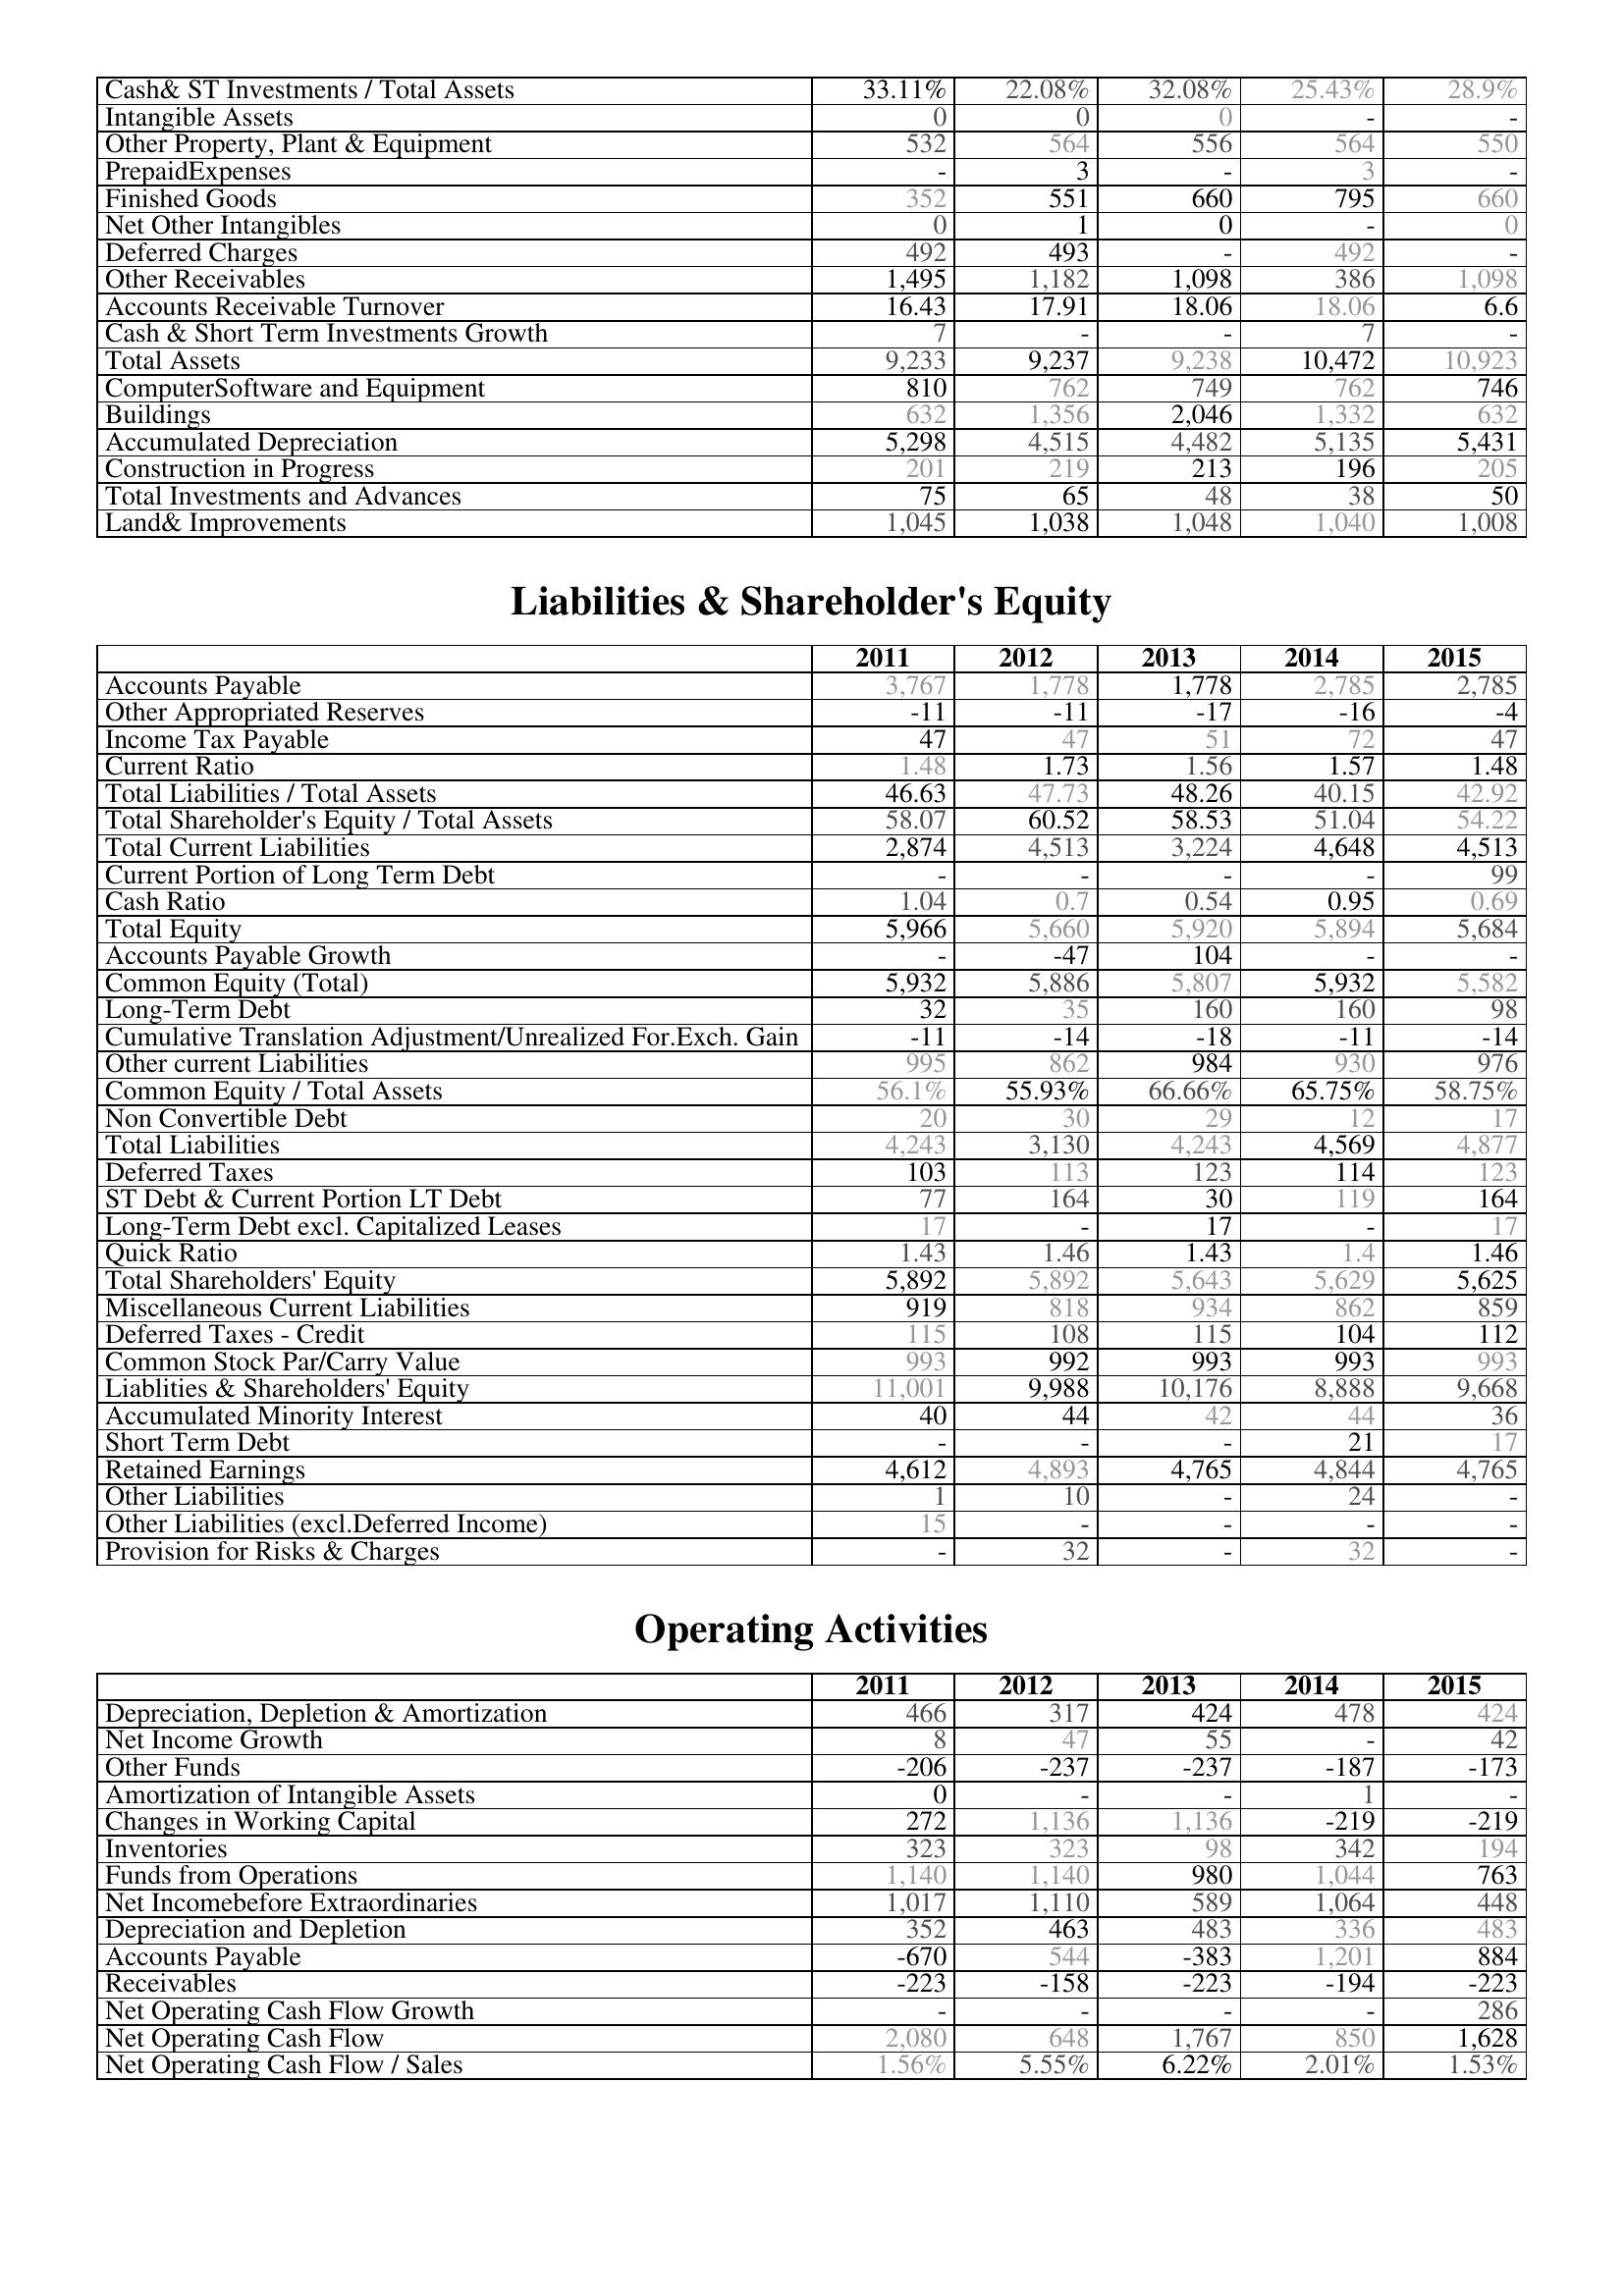
2011: Assets: Cash& ST Investments / Total Assets: 33.11%
Intangible Assets: 0
Other Property, Plant & Equipment: 532
PrepaidExpenses: -
Finished Goods: 352
Net Other Intangibles: 0
Deferred Charges: 492
Other Receivables: 1,495
Accounts Receivable Turnover: 16.43
Cash & Short Term Investments Growth: 7
Total Assets: 9,233
ComputerSoftware and Equipment: 810
Buildings: 632
Accumulated Depreciation: 5,298
Construction in Progress: 201
Total Investments and Advances: 75
Land& Improvements: 1,045
Liabilities & Shareholder's Equity: Accounts Payable: 3,767
Other Appropriated Reserves: -11
Income Tax Payable: 47
Current Ratio: 1.48
Total Liabilities / Total Assets: 46.63
Total Shareholder's Equity / Total Assets: 58.07
Total Current Liabilities: 2,874
Current Portion of Long Term Debt: -
Cash Ratio: 1.04
Total Equity: 5,966
Accounts Payable Growth: -
Common Equity (Total): 5,932
Long-Term Debt: 32
Cumulative Translation Adjustment/Unrealized For.Exch. Gain: -11
Other current Liabilities: 995
Common Equity / Total Assets: 56.1%
Non Convertible Debt: 20
Total Liabilities: 4,243
Deferred Taxes: 103
ST Debt & Current Portion LT Debt: 77
Long-Term Debt excl. Capitalized Leases: 17
Quick Ratio: 1.43
Total Shareholders' Equity: 5,892
Miscellaneous Current Liabilities: 919
Deferred Taxes - Credit: 115
Common Stock Par/Carry Value: 993
Liablities & Shareholders' Equity: 11,001
Accumulated Minority Interest: 40
Short Term Debt: -
Retained Earnings: 4,612
Other Liabilities: 1
Other Liabilities (excl.Deferred Income): 15
Provision for Risks & Charges: -
Operating Activities: Depreciation, Depletion & Amortization: 466
Net Income Growth: 8
Other Funds: -206
Amortization of Intangible Assets: 0
Changes in Working Capital: 272
Inventories: 323
Funds from Operations: 1,140
Net Incomebefore Extraordinaries: 1,017
Depreciation and Depletion: 352
Accounts Payable: -670
Receivables: -223
Net Operating Cash Flow Growth: -
Net Operating Cash Flow: 2,080
Net Operating Cash Flow / Sales: 1.56%
2012: Assets: Cash& ST Investments / Total Assets: 22.08%
Intangible Assets: 0
Other Property, Plant & Equipment: 564
PrepaidExpenses: 3
Finished Goods: 551
Net Other Intangibles: 1
Deferred Charges: 493
Other Receivables: 1,182
Accounts Receivable Turnover: 17.91
Cash & Short Term Investments Growth: -
Total Assets: 9,237
ComputerSoftware and Equipment: 762
Buildings: 1,356
Accumulated Depreciation: 4,515
Construction in Progress: 219
Total Investments and Advances: 65
Land& Improvements: 1,038
Liabilities & Shareholder's Equity: Accounts Payable: 1,778
Other Appropriated Reserves: -11
Income Tax Payable: 47
Current Ratio: 1.73
Total Liabilities / Total Assets: 47.73
Total Shareholder's Equity / Total Assets: 60.52
Total Current Liabilities: 4,513
Current Portion of Long Term Debt: -
Cash Ratio: 0.7
Total Equity: 5,660
Accounts Payable Growth: -47
Common Equity (Total): 5,886
Long-Term Debt: 35
Cumulative Translation Adjustment/Unrealized For.Exch. Gain: -14
Other current Liabilities: 862
Common Equity / Total Assets: 55.93%
Non Convertible Debt: 30
Total Liabilities: 3,130
Deferred Taxes: 113
ST Debt & Current Portion LT Debt: 164
Long-Term Debt excl. Capitalized Leases: -
Quick Ratio: 1.46
Total Shareholders' Equity: 5,892
Miscellaneous Current Liabilities: 818
Deferred Taxes - Credit: 108
Common Stock Par/Carry Value: 992
Liablities & Shareholders' Equity: 9,988
Accumulated Minority Interest: 44
Short Term Debt: -
Retained Earnings: 4,893
Other Liabilities: 10
Other Liabilities (excl.Deferred Income): -
Provision for Risks & Charges: 32
Operating Activities: Depreciation, Depletion & Amortization: 317
Net Income Growth: 47
Other Funds: -237
Amortization of Intangible Assets: -
Changes in Working Capital: 1,136
Inventories: 323
Funds from Operations: 1,140
Net Incomebefore Extraordinaries: 1,110
Depreciation and Depletion: 463
Accounts Payable: 544
Receivables: -158
Net Operating Cash Flow Growth: -
Net Operating Cash Flow: 648
Net Operating Cash Flow / Sales: 5.55%
2013: Assets: Cash& ST Investments / Total Assets: 32.08%
Intangible Assets: 0
Other Property, Plant & Equipment: 556
PrepaidExpenses: -
Finished Goods: 660
Net Other Intangibles: 0
Deferred Charges: -
Other Receivables: 1,098
Accounts Receivable Turnover: 18.06
Cash & Short Term Investments Growth: -
Total Assets: 9,238
ComputerSoftware and Equipment: 749
Buildings: 2,046
Accumulated Depreciation: 4,482
Construction in Progress: 213
Total Investments and Advances: 48
Land& Improvements: 1,048
Liabilities & Shareholder's Equity: Accounts Payable: 1,778
Other Appropriated Reserves: -17
Income Tax Payable: 51
Current Ratio: 1.56
Total Liabilities / Total Assets: 48.26
Total Shareholder's Equity / Total Assets: 58.53
Total Current Liabilities: 3,224
Current Portion of Long Term Debt: -
Cash Ratio: 0.54
Total Equity: 5,920
Accounts Payable Growth: 104
Common Equity (Total): 5,807
Long-Term Debt: 160
Cumulative Translation Adjustment/Unrealized For.Exch. Gain: -18
Other current Liabilities: 984
Common Equity / Total Assets: 66.66%
Non Convertible Debt: 29
Total Liabilities: 4,243
Deferred Taxes: 123
ST Debt & Current Portion LT Debt: 30
Long-Term Debt excl. Capitalized Leases: 17
Quick Ratio: 1.43
Total Shareholders' Equity: 5,643
Miscellaneous Current Liabilities: 934
Deferred Taxes - Credit: 115
Common Stock Par/Carry Value: 993
Liablities & Shareholders' Equity: 10,176
Accumulated Minority Interest: 42
Short Term Debt: -
Retained Earnings: 4,765
Other Liabilities: -
Other Liabilities (excl.Deferred Income): -
Provision for Risks & Charges: -
Operating Activities: Depreciation, Depletion & Amortization: 424
Net Income Growth: 55
Other Funds: -237
Amortization of Intangible Assets: -
Changes in Working Capital: 1,136
Inventories: 98
Funds from Operations: 980
Net Incomebefore Extraordinaries: 589
Depreciation and Depletion: 483
Accounts Payable: -383
Receivables: -223
Net Operating Cash Flow Growth: -
Net Operating Cash Flow: 1,767
Net Operating Cash Flow / Sales: 6.22%
2014: Assets: Cash& ST Investments / Total Assets: 25.43%
Intangible Assets: -
Other Property, Plant & Equipment: 564
PrepaidExpenses: 3
Finished Goods: 795
Net Other Intangibles: -
Deferred Charges: 492
Other Receivables: 386
Accounts Receivable Turnover: 18.06
Cash & Short Term Investments Growth: 7
Total Assets: 10,472
ComputerSoftware and Equipment: 762
Buildings: 1,332
Accumulated Depreciation: 5,135
Construction in Progress: 196
Total Investments and Advances: 38
Land& Improvements: 1,040
Liabilities & Shareholder's Equity: Accounts Payable: 2,785
Other Appropriated Reserves: -16
Income Tax Payable: 72
Current Ratio: 1.57
Total Liabilities / Total Assets: 40.15
Total Shareholder's Equity / Total Assets: 51.04
Total Current Liabilities: 4,648
Current Portion of Long Term Debt: -
Cash Ratio: 0.95
Total Equity: 5,894
Accounts Payable Growth: -
Common Equity (Total): 5,932
Long-Term Debt: 160
Cumulative Translation Adjustment/Unrealized For.Exch. Gain: -11
Other current Liabilities: 930
Common Equity / Total Assets: 65.75%
Non Convertible Debt: 12
Total Liabilities: 4,569
Deferred Taxes: 114
ST Debt & Current Portion LT Debt: 119
Long-Term Debt excl. Capitalized Leases: -
Quick Ratio: 1.4
Total Shareholders' Equity: 5,629
Miscellaneous Current Liabilities: 862
Deferred Taxes - Credit: 104
Common Stock Par/Carry Value: 993
Liablities & Shareholders' Equity: 8,888
Accumulated Minority Interest: 44
Short Term Debt: 21
Retained Earnings: 4,844
Other Liabilities: 24
Other Liabilities (excl.Deferred Income): -
Provision for Risks & Charges: 32
Operating Activities: Depreciation, Depletion & Amortization: 478
Net Income Growth: -
Other Funds: -187
Amortization of Intangible Assets: 1
Changes in Working Capital: -219
Inventories: 342
Funds from Operations: 1,044
Net Incomebefore Extraordinaries: 1,064
Depreciation and Depletion: 336
Accounts Payable: 1,201
Receivables: -194
Net Operating Cash Flow Growth: -
Net Operating Cash Flow: 850
Net Operating Cash Flow / Sales: 2.01%
2015: Assets: Cash& ST Investments / Total Assets: 28.9%
Intangible Assets: -
Other Property, Plant & Equipment: 550
PrepaidExpenses: -
Finished Goods: 660
Net Other Intangibles: 0
Deferred Charges: -
Other Receivables: 1,098
Accounts Receivable Turnover: 6.6
Cash & Short Term Investments Growth: -
Total Assets: 10,923
ComputerSoftware and Equipment: 746
Buildings: 632
Accumulated Depreciation: 5,431
Construction in Progress: 205
Total Investments and Advances: 50
Land& Improvements: 1,008
Liabilities & Shareholder's Equity: Accounts Payable: 2,785
Other Appropriated Reserves: -4
Income Tax Payable: 47
Current Ratio: 1.48
Total Liabilities / Total Assets: 42.92
Total Shareholder's Equity / Total Assets: 54.22
Total Current Liabilities: 4,513
Current Portion of Long Term Debt: 99
Cash Ratio: 0.69
Total Equity: 5,684
Accounts Payable Growth: -
Common Equity (Total): 5,582
Long-Term Debt: 98
Cumulative Translation Adjustment/Unrealized For.Exch. Gain: -14
Other current Liabilities: 976
Common Equity / Total Assets: 58.75%
Non Convertible Debt: 17
Total Liabilities: 4,877
Deferred Taxes: 123
ST Debt & Current Portion LT Debt: 164
Long-Term Debt excl. Capitalized Leases: 17
Quick Ratio: 1.46
Total Shareholders' Equity: 5,625
Miscellaneous Current Liabilities: 859
Deferred Taxes - Credit: 112
Common Stock Par/Carry Value: 993
Liablities & Shareholders' Equity: 9,668
Accumulated Minority Interest: 36
Short Term Debt: 17
Retained Earnings: 4,765
Other Liabilities: -
Other Liabilities (excl.Deferred Income): -
Provision for Risks & Charges: -
Operating Activities: Depreciation, Depletion & Amortization: 424
Net Income Growth: 42
Other Funds: -173
Amortization of Intangible Assets: -
Changes in Working Capital: -219
Inventories: 194
Funds from Operations: 763
Net Incomebefore Extraordinaries: 448
Depreciation and Depletion: 483
Accounts Payable: 884
Receivables: -223
Net Operating Cash Flow Growth: 286
Net Operating Cash Flow: 1,628
Net Operating Cash Flow / Sales: 1.53%